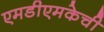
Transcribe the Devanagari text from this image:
एमडीएमकेची